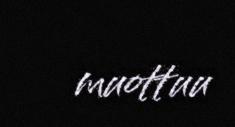
muottuu